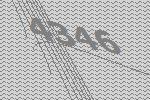
4346